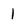
Character: 1